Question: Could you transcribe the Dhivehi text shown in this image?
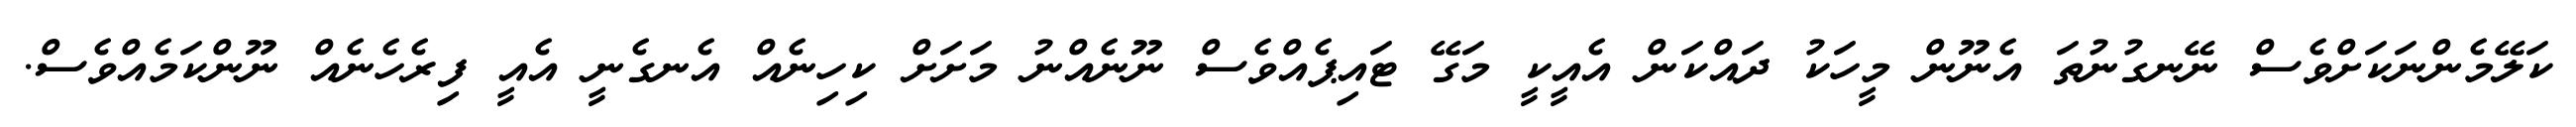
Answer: ކަލޭމެންނަކަށްވެސް ނޭނގުނުތަ އެނޫން މީހަކު ދައްކަން އެއީކީ މަގޭ ޓައިޕެއްވެސް ނޫނެއްނު މަށަށް ކިހިނެއް އެނގެނީ އެއީ ފިރެހެނެއް ނޫންކަމެއްވެސް.